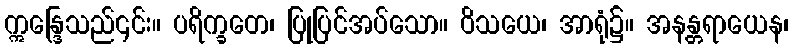
ဣန္ဒြေသည်၎င်း။ ပရိက္ခတေ၊ ပြုပြင်အပ်သော။ ဝိသယေ၊ အာရုံ၌။ အနန္တရာယေန၊